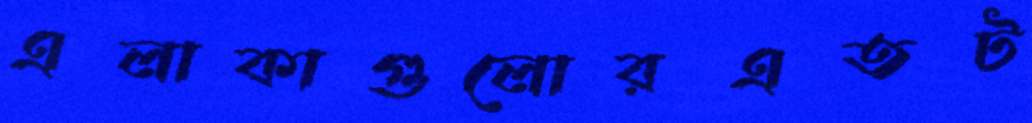
এলাকাগুলোরএতট